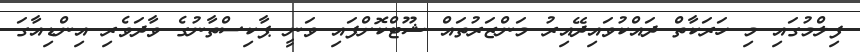
ފިލްމުގައި މި ހަރަކާތް ދައްކުވައިދޭއިރު މަންޒަރުތައް ޝޫޓްކޮށްފައި ވަނީ ޕާކިސްތާނުގެ ވާދަވެރި އިންޑިއާގަ